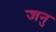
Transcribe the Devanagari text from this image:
जनु